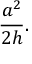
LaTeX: { \frac { a ^ { 2 } } { 2 h } } .